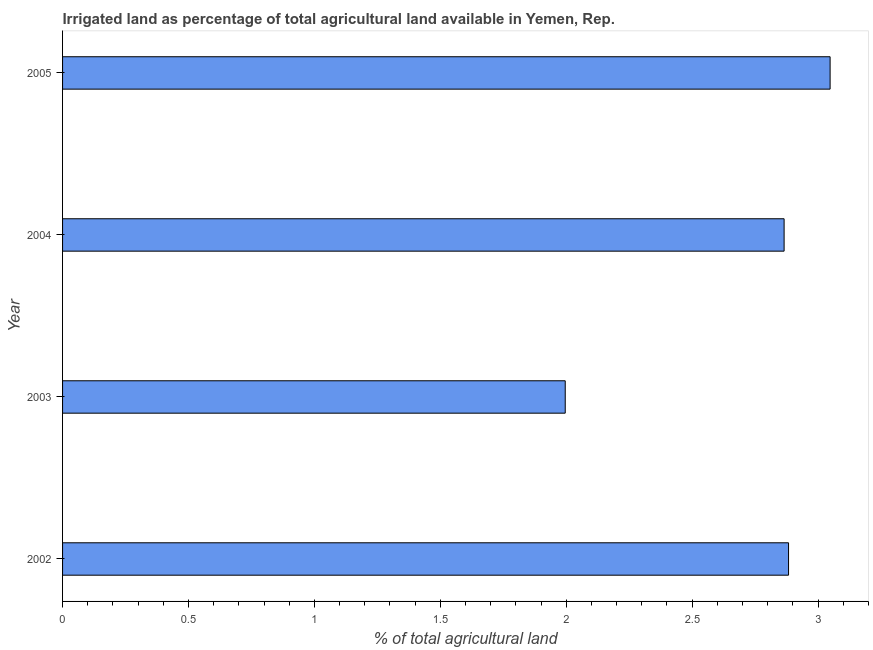
| Year | Agricultural irrigated land  |
 | --- | --- |
 | 2002 | 2.88 |
 | 2003 | 2 |
 | 2004 | 2.87 |
 | 2005 | 3.05 |